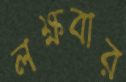
লক্ষবার